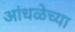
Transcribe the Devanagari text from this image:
आंधळेच्या